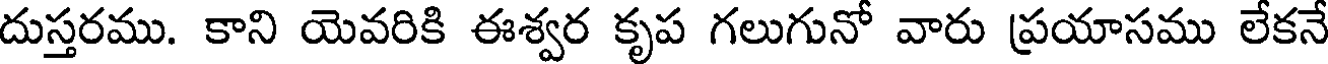
దుస్తరము. కాని యెవరికి ఈశ్వర కృప గలుగునో వారు ప్రయాసము లేకనే